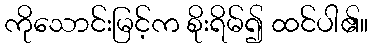
ကိုသောင်းမြင့်က စိုးရိမ်၍ ထင်ပါ၏။